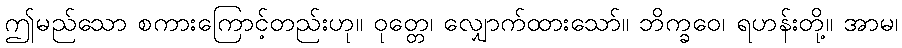
ဤမည်သော စကားကြောင့်တည်းဟု။ ဝုတ္တေ၊ လျှောက်ထားသော်။ ဘိက္ခဝေ၊ ရဟန်းတို့။ အာမ၊